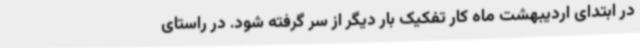
در ابتدای اردیبهشت ماه کار تفکیک بار دیگر از سر گرفته شود. در راستای